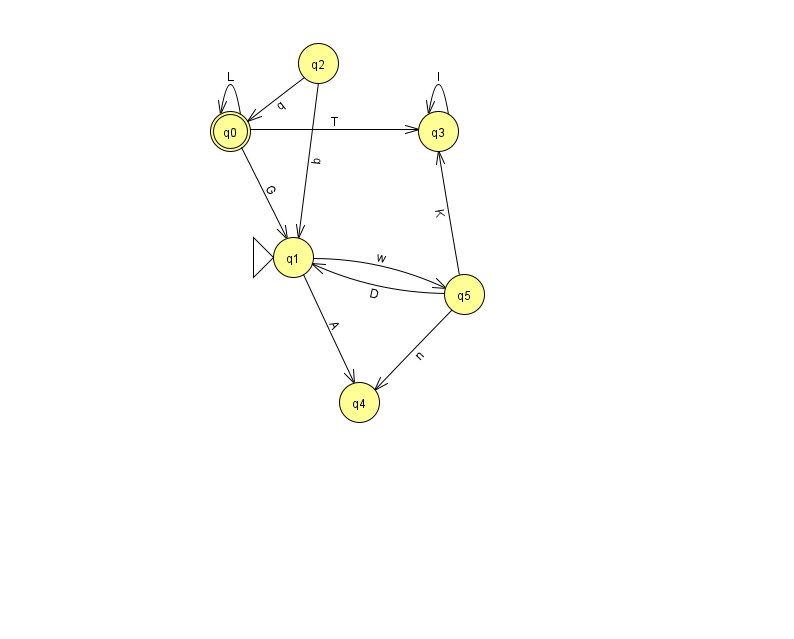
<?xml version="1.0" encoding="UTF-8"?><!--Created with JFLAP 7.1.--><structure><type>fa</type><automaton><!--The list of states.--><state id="0" name="q0"><x>230.0</x><y>118.0</y><final/></state><state id="1" name="q1"><x>293.0</x><y>244.0</y><initial/></state><state id="2" name="q2"><x>318.0</x><y>50.0</y></state><state id="3" name="q3"><x>438.0</x><y>118.0</y></state><state id="4" name="q4"><x>359.0</x><y>389.0</y></state><state id="5" name="q5"><x>464.0</x><y>281.0</y></state><!--The list of transitions.--><transition><from>5</from><to>1</to><read>D</read></transition><transition><from>1</from><to>5</to><read>w</read></transition><transition><from>0</from><to>3</to><read>T</read></transition><transition><from>5</from><to>3</to><read>K</read></transition><transition><from>5</from><to>4</to><read>n</read></transition><transition><from>2</from><to>0</to><read>q</read></transition><transition><from>0</from><to>0</to><read>L</read></transition><transition><from>1</from><to>4</to><read>A</read></transition><transition><from>2</from><to>1</to><read>b</read></transition><transition><from>3</from><to>3</to><read>l</read></transition><transition><from>0</from><to>1</to><read>G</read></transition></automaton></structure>